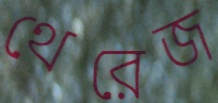
থেরেজ